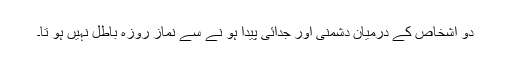
دو اشخاص کے درمیان دشمنی اور جدائی پیدا ہو نے سے نماز روزہ باطل نہیں ہو تا۔